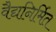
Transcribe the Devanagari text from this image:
वैद्यनिर्मित